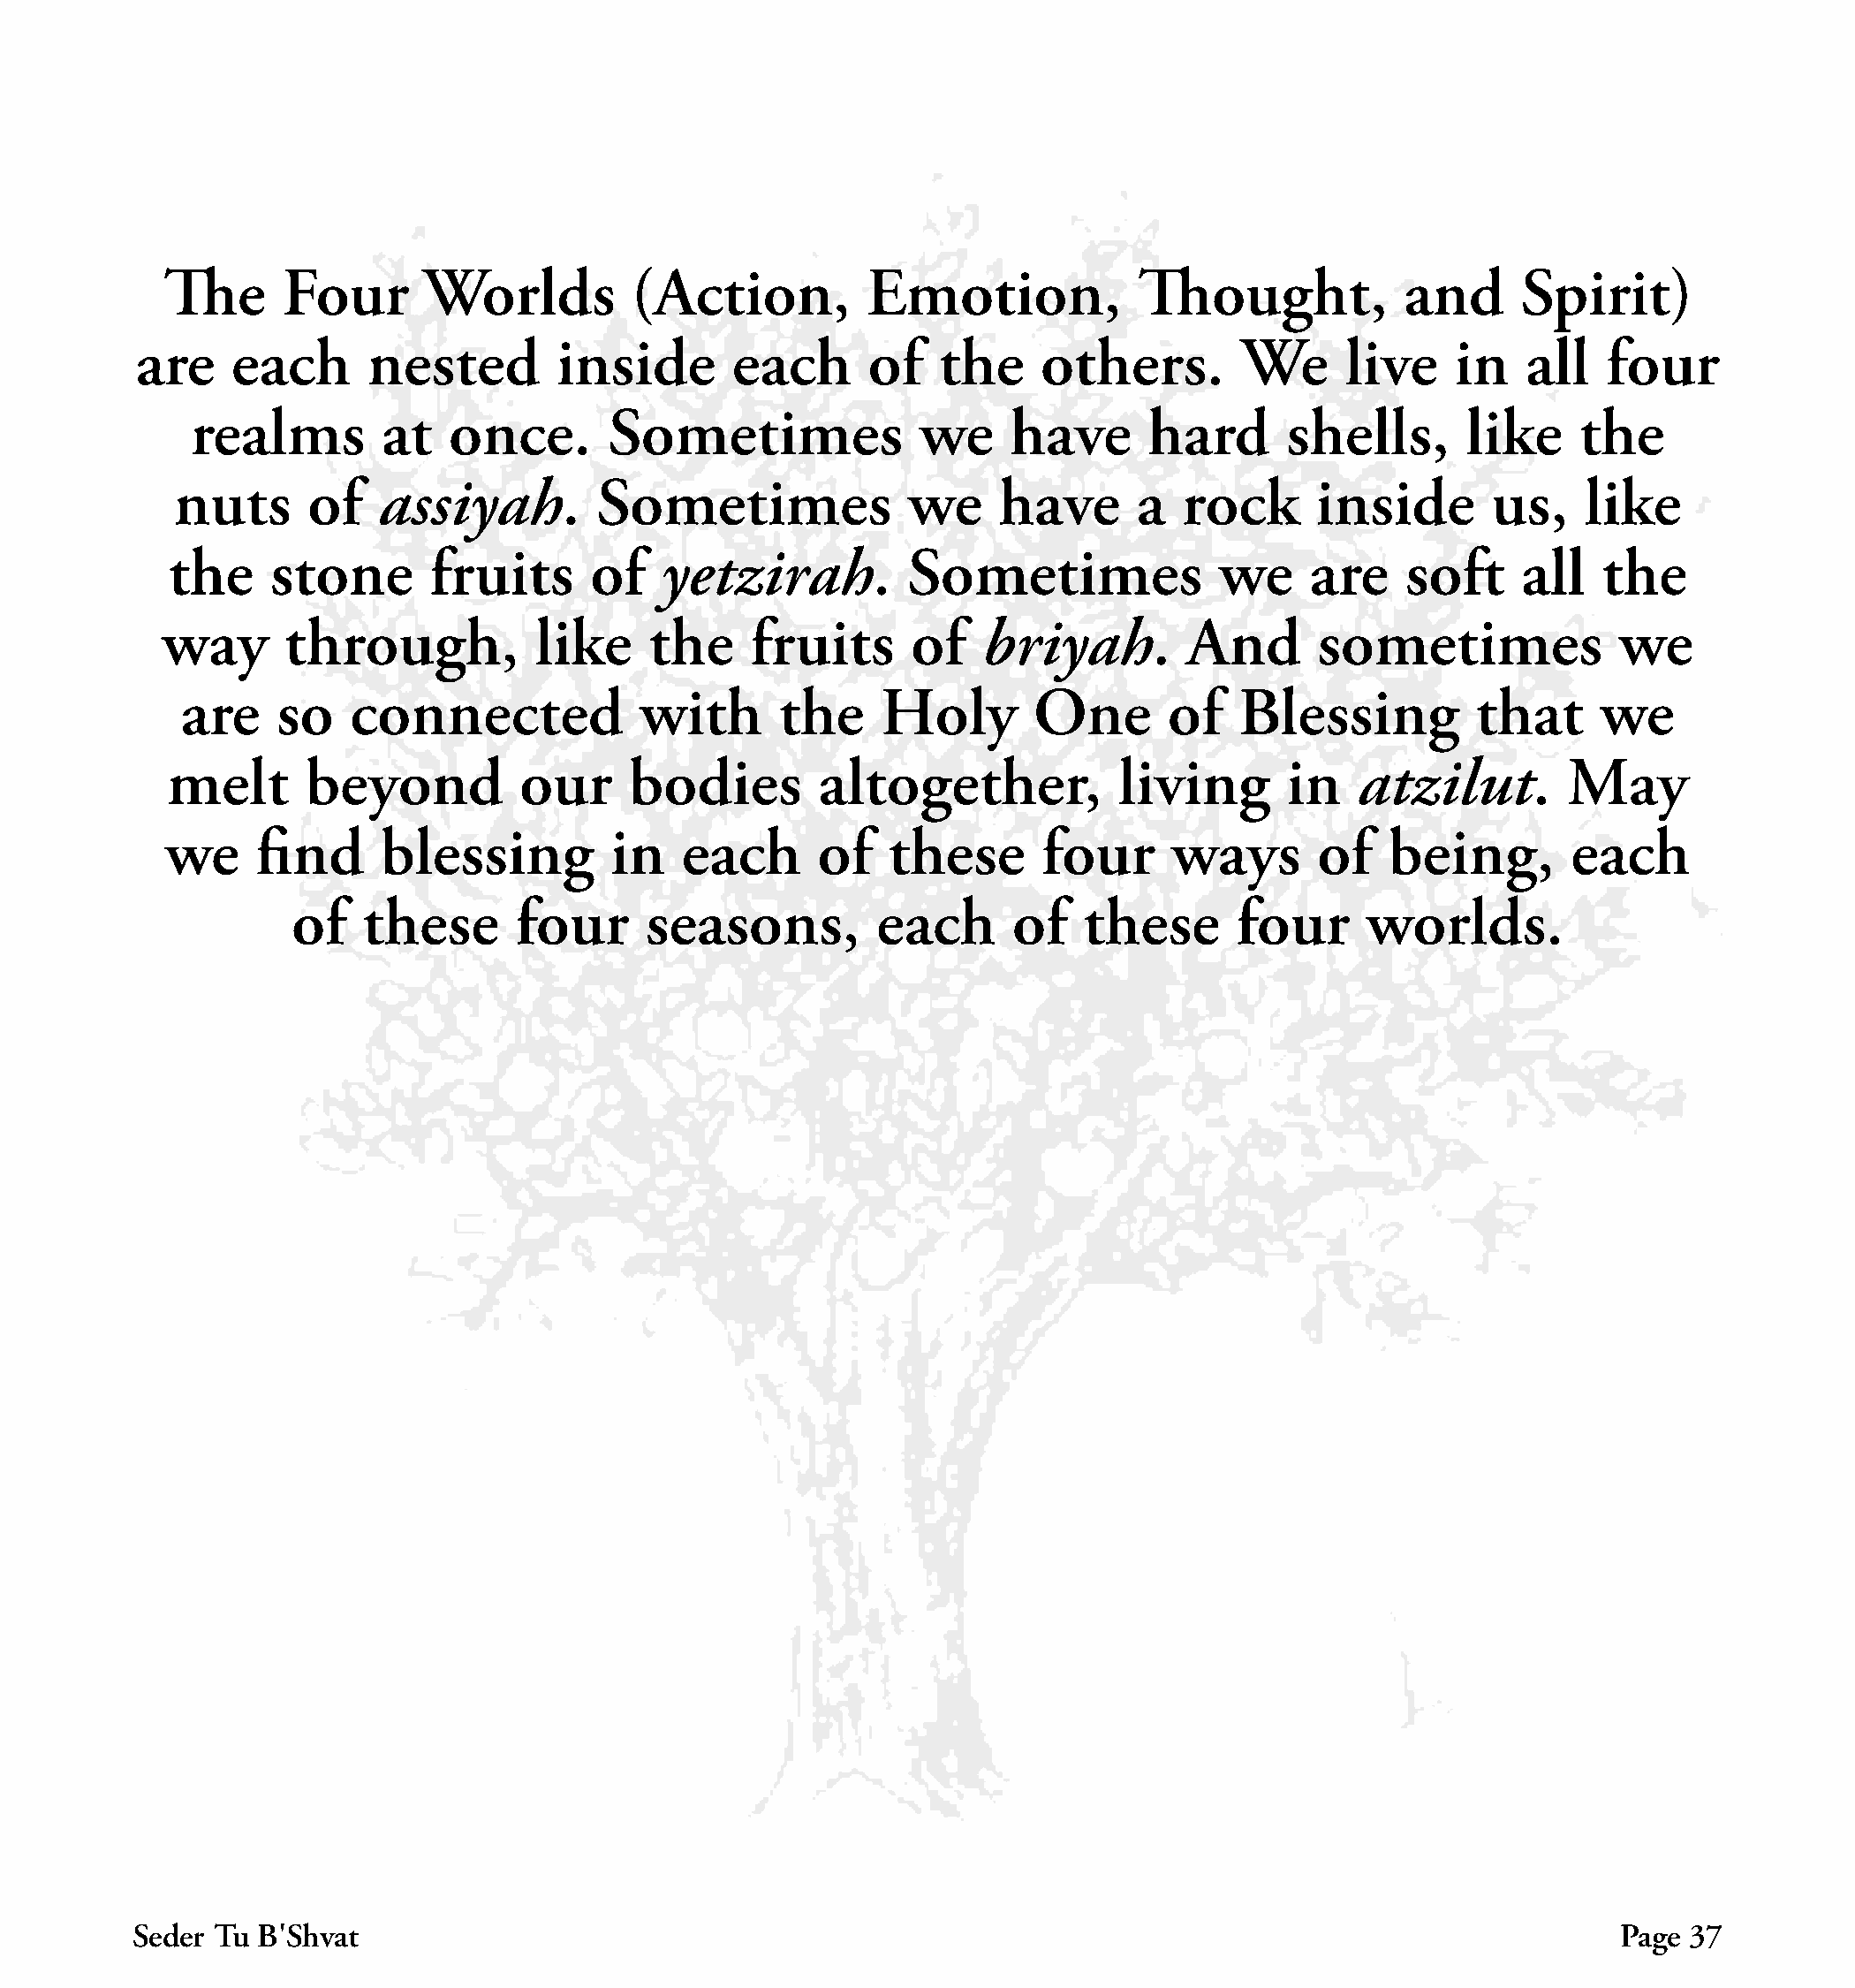
The      Four       Worlds         (Action,          Emotion,            Thought,            and      Spirit)
 are    each       nested        inside       each      of   the     others.        We      live    in   all   four
 realms         at   once.       Sometimes              we     have      hard      shells,       like    the
 nuts      of   assiyah.         Sometimes              we     have      a   rock      inside       us,    like
 the    stone       fruits      of    yetzirah.         Sometimes              we     are    soft     all   the
 way      through,           like     the    fruits      of    briyah.        And       sometimes             we
 are    so   connected             with      the     Holy       One        of   Blessing          that     we
 melt      beyond          our     bodies        altogether,            living      in    atzilut.       May
 we     find      blessing         in   each      of    these      four      ways       of   being,        each
 of   these       four     seasons,          each      of   these       four     worlds.
 Seder Tu B׳Shvat                                                                                               Page  37